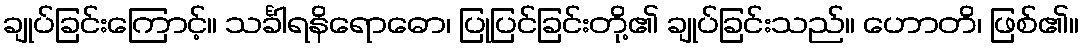
ချုပ်ခြင်းကြောင့်။ သင်္ခါရနိရောဓော၊ ပြုပြင်ခြင်းတို့၏ ချုပ်ခြင်းသည်။ ဟောတိ၊ ဖြစ်၏။